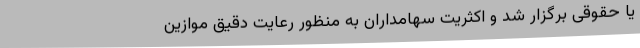
یا حقوقی برگزار شد و اکثریت سهامداران به منظور رعایت دقیق موازین